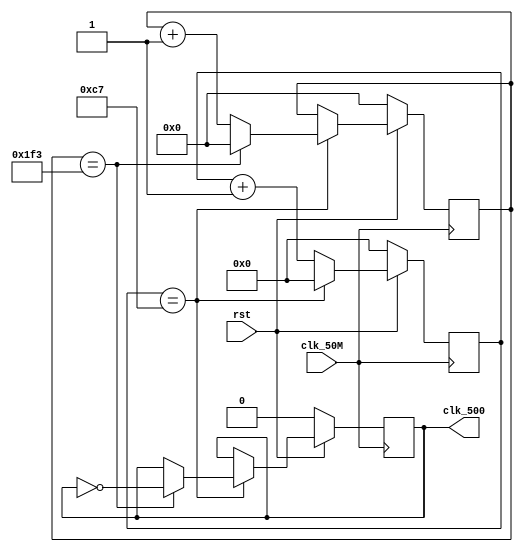
//****************************************************************************//
//# @Author: 
//# @Date:   2019-06-25 20:45:54
//# @Last Modified by:   zlk
//# @WeChat Official Account: OpenFPGA
//# @Last Modified time: 2019-06-25 20:46:23
//# Description: 
//# @Modification History: 2019-06-25 20:45:54
//# Date			    By			   Version			   Change Description: 
//# ========================================================================= #
//# 2019-06-25 20:45:54
//# ========================================================================= #
//# |                                          								| #
//# |                                OpenFPGA     							| #
//****************************************************************************//
//data: 2014-04-28
//addr: kb129
//info: change the clk 50Mhz to 500Hz
module clk50M_500(
      clk_50M,
      rst,
      clk_500
 );
input         clk_50M;
input         rst;
output      clk_500;

reg    [8:0] cnt_1;
reg    [7:0] cnt_2;
reg           clk_500hz;
always@(posedge clk_50M)
begin
      if(!rst)
           begin
                 clk_500hz <= 0;
                     cnt_1   <= 0;
                     cnt_2   <= 0;
            end
 else if(cnt_2==8'd199)
            begin
                    cnt_2 <= 0;
                    if(cnt_1==9'd499)
                          begin
                                cnt_1   <= 0;
                                clk_500hz <= ~clk_500hz;
                           end
                  else
                         cnt_1   <= cnt_1+1;
             end
        else    cnt_2   <= cnt_2+1;
end 
assign clk_500 = clk_500hz;
endmodule